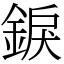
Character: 錑